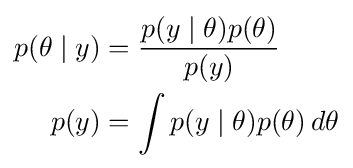
{\begin{aligned}p(\theta \mid y)&={\frac {p(y\mid \theta )p(\theta )}{p(y)}}\\p(y)&=\int p(y\mid \theta )p(\theta )\,d\theta \end{aligned}}